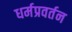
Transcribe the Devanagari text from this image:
धर्मप्रवर्तन